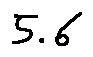
5 . 6